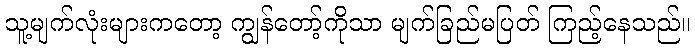
သူ့မျက်လုံးများကတော့ ကျွန်တော့်ကိုသာ မျက်ခြည်မပြတ် ကြည့်နေသည်။